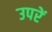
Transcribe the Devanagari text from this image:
उपरें